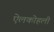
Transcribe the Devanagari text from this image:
ऐलकोहली